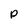
Character: P